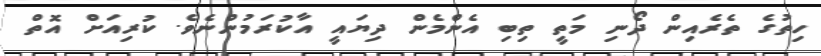
ހިތުގެ ތެރެއިން ދޯނި މަތީ ތިބި އެންމެން ދިޔައީ އާކުރަމުންނެވެ. ކުރިއަށް އޮތް